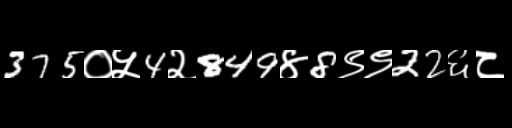
Text: 375०५4२849४8९९22६८